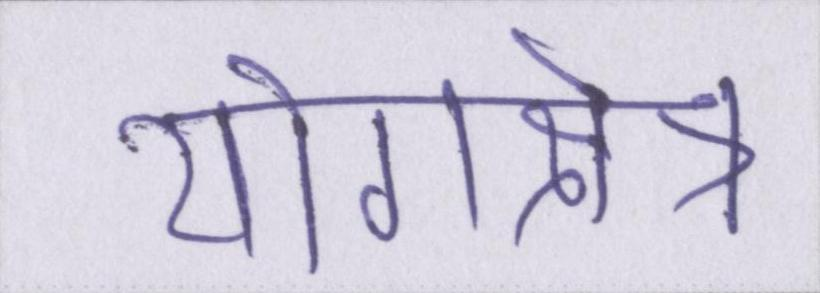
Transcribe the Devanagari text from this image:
योगक्षेत्र